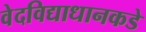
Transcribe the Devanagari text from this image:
वेदविद्याधानकडे